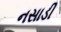
નસાડી